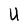
Character: U